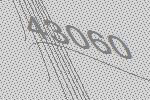
43060